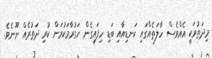
މިދަތުރަކީ އެއްވެސް ހާލަތެއްގައި ކަނޑިއާއި ބަޑި ހިފައިގެން ހަގުރާމަކުރަން ކުރި ދަތުރެއް ނޫނެވެ.